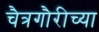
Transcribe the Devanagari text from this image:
चैत्रगौरीच्या